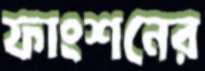
ফাংশনের